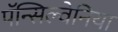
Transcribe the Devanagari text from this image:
पॅन्सिल्वेनिया